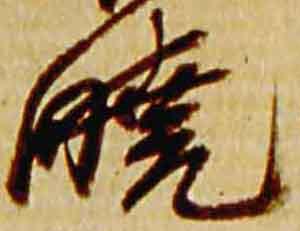
暁